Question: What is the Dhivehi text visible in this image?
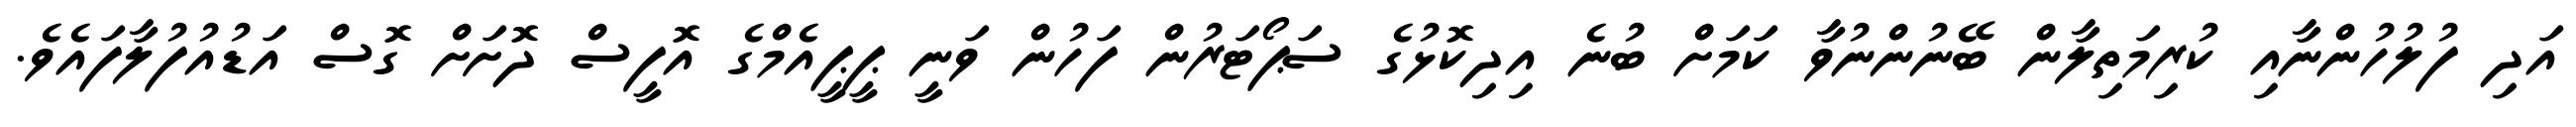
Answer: އަދި ފުލުހުންނާއި ކުރިމަތިލާން ބޭނުންނުވާ ކަމަށް ބުނެ އިދިކޮޅުގެ ސަޕޯޓަރުން ފަހުން ވަނީ ޕީޕީއެމްގެ އޮފީސް ދޮށަށް ގޮސް އަޑުއުފުލާފައެވެ.